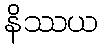
နိဿယ